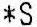
*S